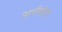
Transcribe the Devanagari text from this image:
अर्धपोटी